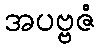
အပဗ္ဗဇံ